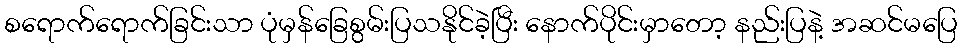
စရောက်ရောက်ခြင်းသာ ပုံမှန်ခြေစွမ်းပြသနိုင်ခဲ့ပြီး နောက်ပိုင်းမှာတော့ နည်းပြနဲ့ အဆင်မပြေ